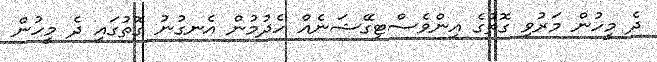
ދެ މީހުން މަރުވި ގޮތުގެ އިންވެސްޓިގޭޝަނެއް ހެދުމުން އެނގުނު ގޮތުގައި ދެ މީހުން